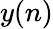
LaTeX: y(n)